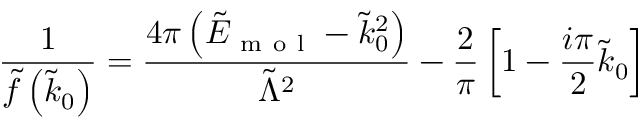
\frac { 1 } { \tilde { f } \left( \tilde { k } _ { 0 } \right) } = \frac { 4 \pi \left( \tilde { E } _ { \mathrm { ~ m ~ o ~ l ~ } } - \tilde { k } _ { 0 } ^ { 2 } \right) } { \tilde { \Lambda } ^ { 2 } } - \frac { 2 } { \pi } \left[ 1 - \frac { i \pi } { 2 } \tilde { k } _ { 0 } \right]